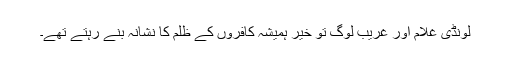
لونڈی غلام اور غریب لوگ تو خیر ہمیشہ کافروں کے ظلم کا نشانہ بنے رہتے تھے۔